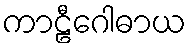
ကာဠီဂေါဓာယ